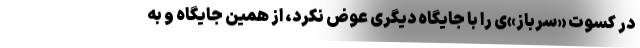
در کسوت «سرباز»ی را با جایگاه دیگری عوض نکرد، از همین جایگاه و به